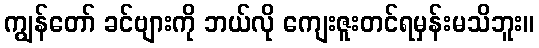
ကျွန်တော် ခင်ဗျားကို ဘယ်လို ကျေးဇူးတင်ရမှန်းမသိဘူး။